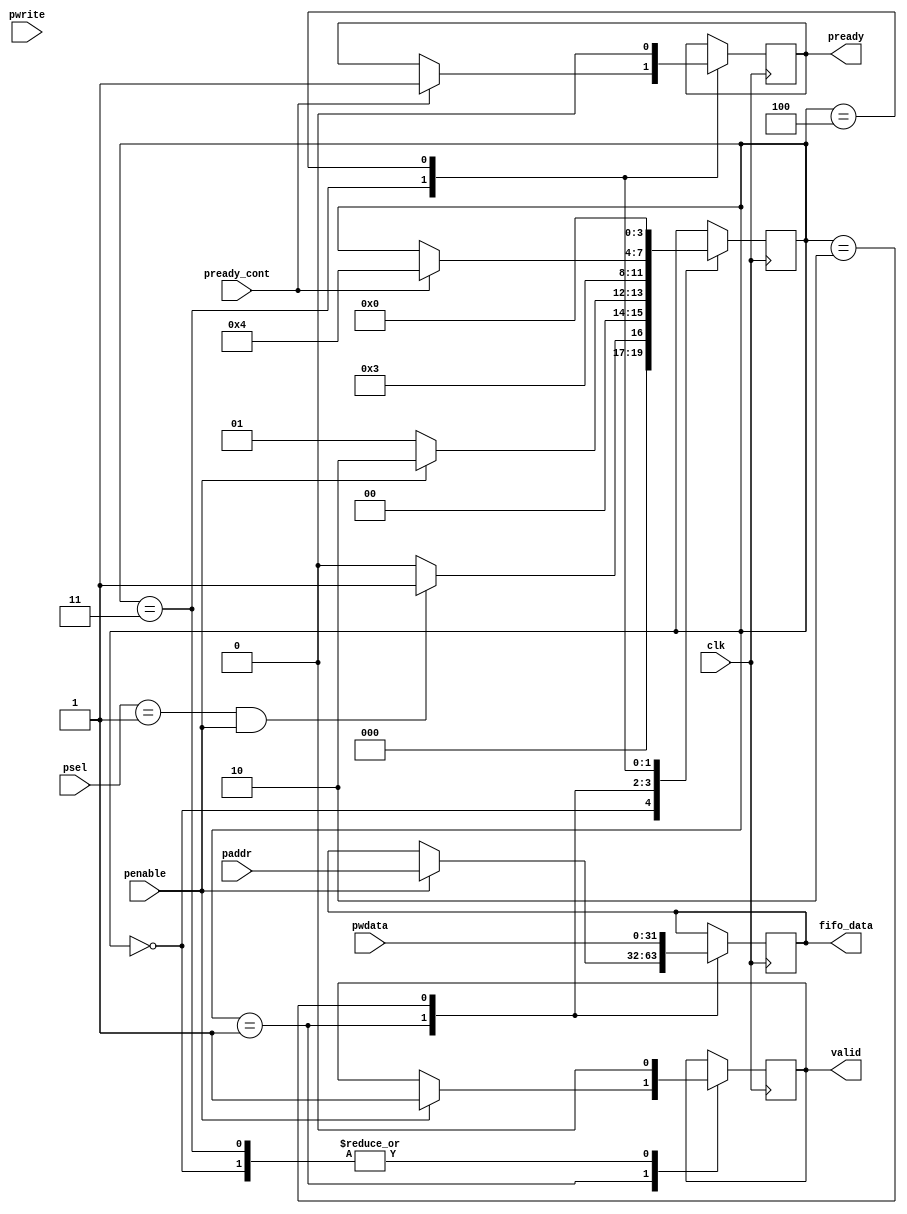
`timescale 1ns / 1ps
//////////////////////////////////////////////////////////////////////////////////
// Design Name: Master Controller
// Module Name: master_controller
// Project Name: 
// Description: This is slave-cum-controller which gives out the ready to master
//              when it receives valid from the peripheral controller after 
//              sending the 32 bits wide pwdata and 32 bits wide paddr to fifo.
//              
//                   
// 
//////////////////////////////////////////////////////////////////////////////////


module slave_apb #(parameter ID=1)(
  input              clk,
  input [1:0]        psel,
  input              penable,
  input              pwrite,
  input              pready_cont,
  output             pready,
  input [31:0]       pwdata,
  input [31:0]       paddr,
  output             valid,
  output [31:0]      fifo_data
);
  reg [3:0]  p_state = 0;
  reg        r_pready = 0;
  reg        r_valid = 0;
  reg [31:0] r_fifo_data = 0;
  parameter  IDLE = 2'd0;
  parameter  SETUP = 2'd1;
  parameter  REG_PWDATA = 2'd2;
  parameter  CHECK_READY = 2'd3;
  parameter  MAKE_READY_LOW = 3'd4;
  
 // reg [31:0]     mem [31:0];
  integer i;
  
//  initial begin
//    for(i = 0; i < 32 ; i = i + 1) begin
//      mem[i] = i*10;
//    end
//  end
  always @(posedge clk) begin
    case (p_state) 
      IDLE: begin
        if (psel == ID & penable) begin
          p_state <= SETUP;
        end else begin
          p_state <= IDLE;
        end
        r_valid <= 1'b0;
      end
      SETUP: begin
        if (penable == 1) begin
            r_fifo_data <= paddr;
            p_state <= REG_PWDATA;
            r_valid <= 1'b1;
        end else begin
            p_state <= SETUP;
        end     
      end
      
      REG_PWDATA : begin
        r_fifo_data <= pwdata;
        p_state <= CHECK_READY;
      end 
      
      CHECK_READY : begin
        if (pready_cont) begin
          r_pready <= 1'b1;
          p_state <= MAKE_READY_LOW;
        end 
          r_valid <= 1'b0;     
      end
      MAKE_READY_LOW : begin
        r_pready <= 1'b0;
        p_state <= IDLE;
      end 
    endcase
  end

  assign pready = r_pready;
  assign valid = r_valid;
  assign fifo_data = r_fifo_data;
  
  
endmodule